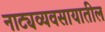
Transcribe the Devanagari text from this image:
नाट्यव्यवसायातील